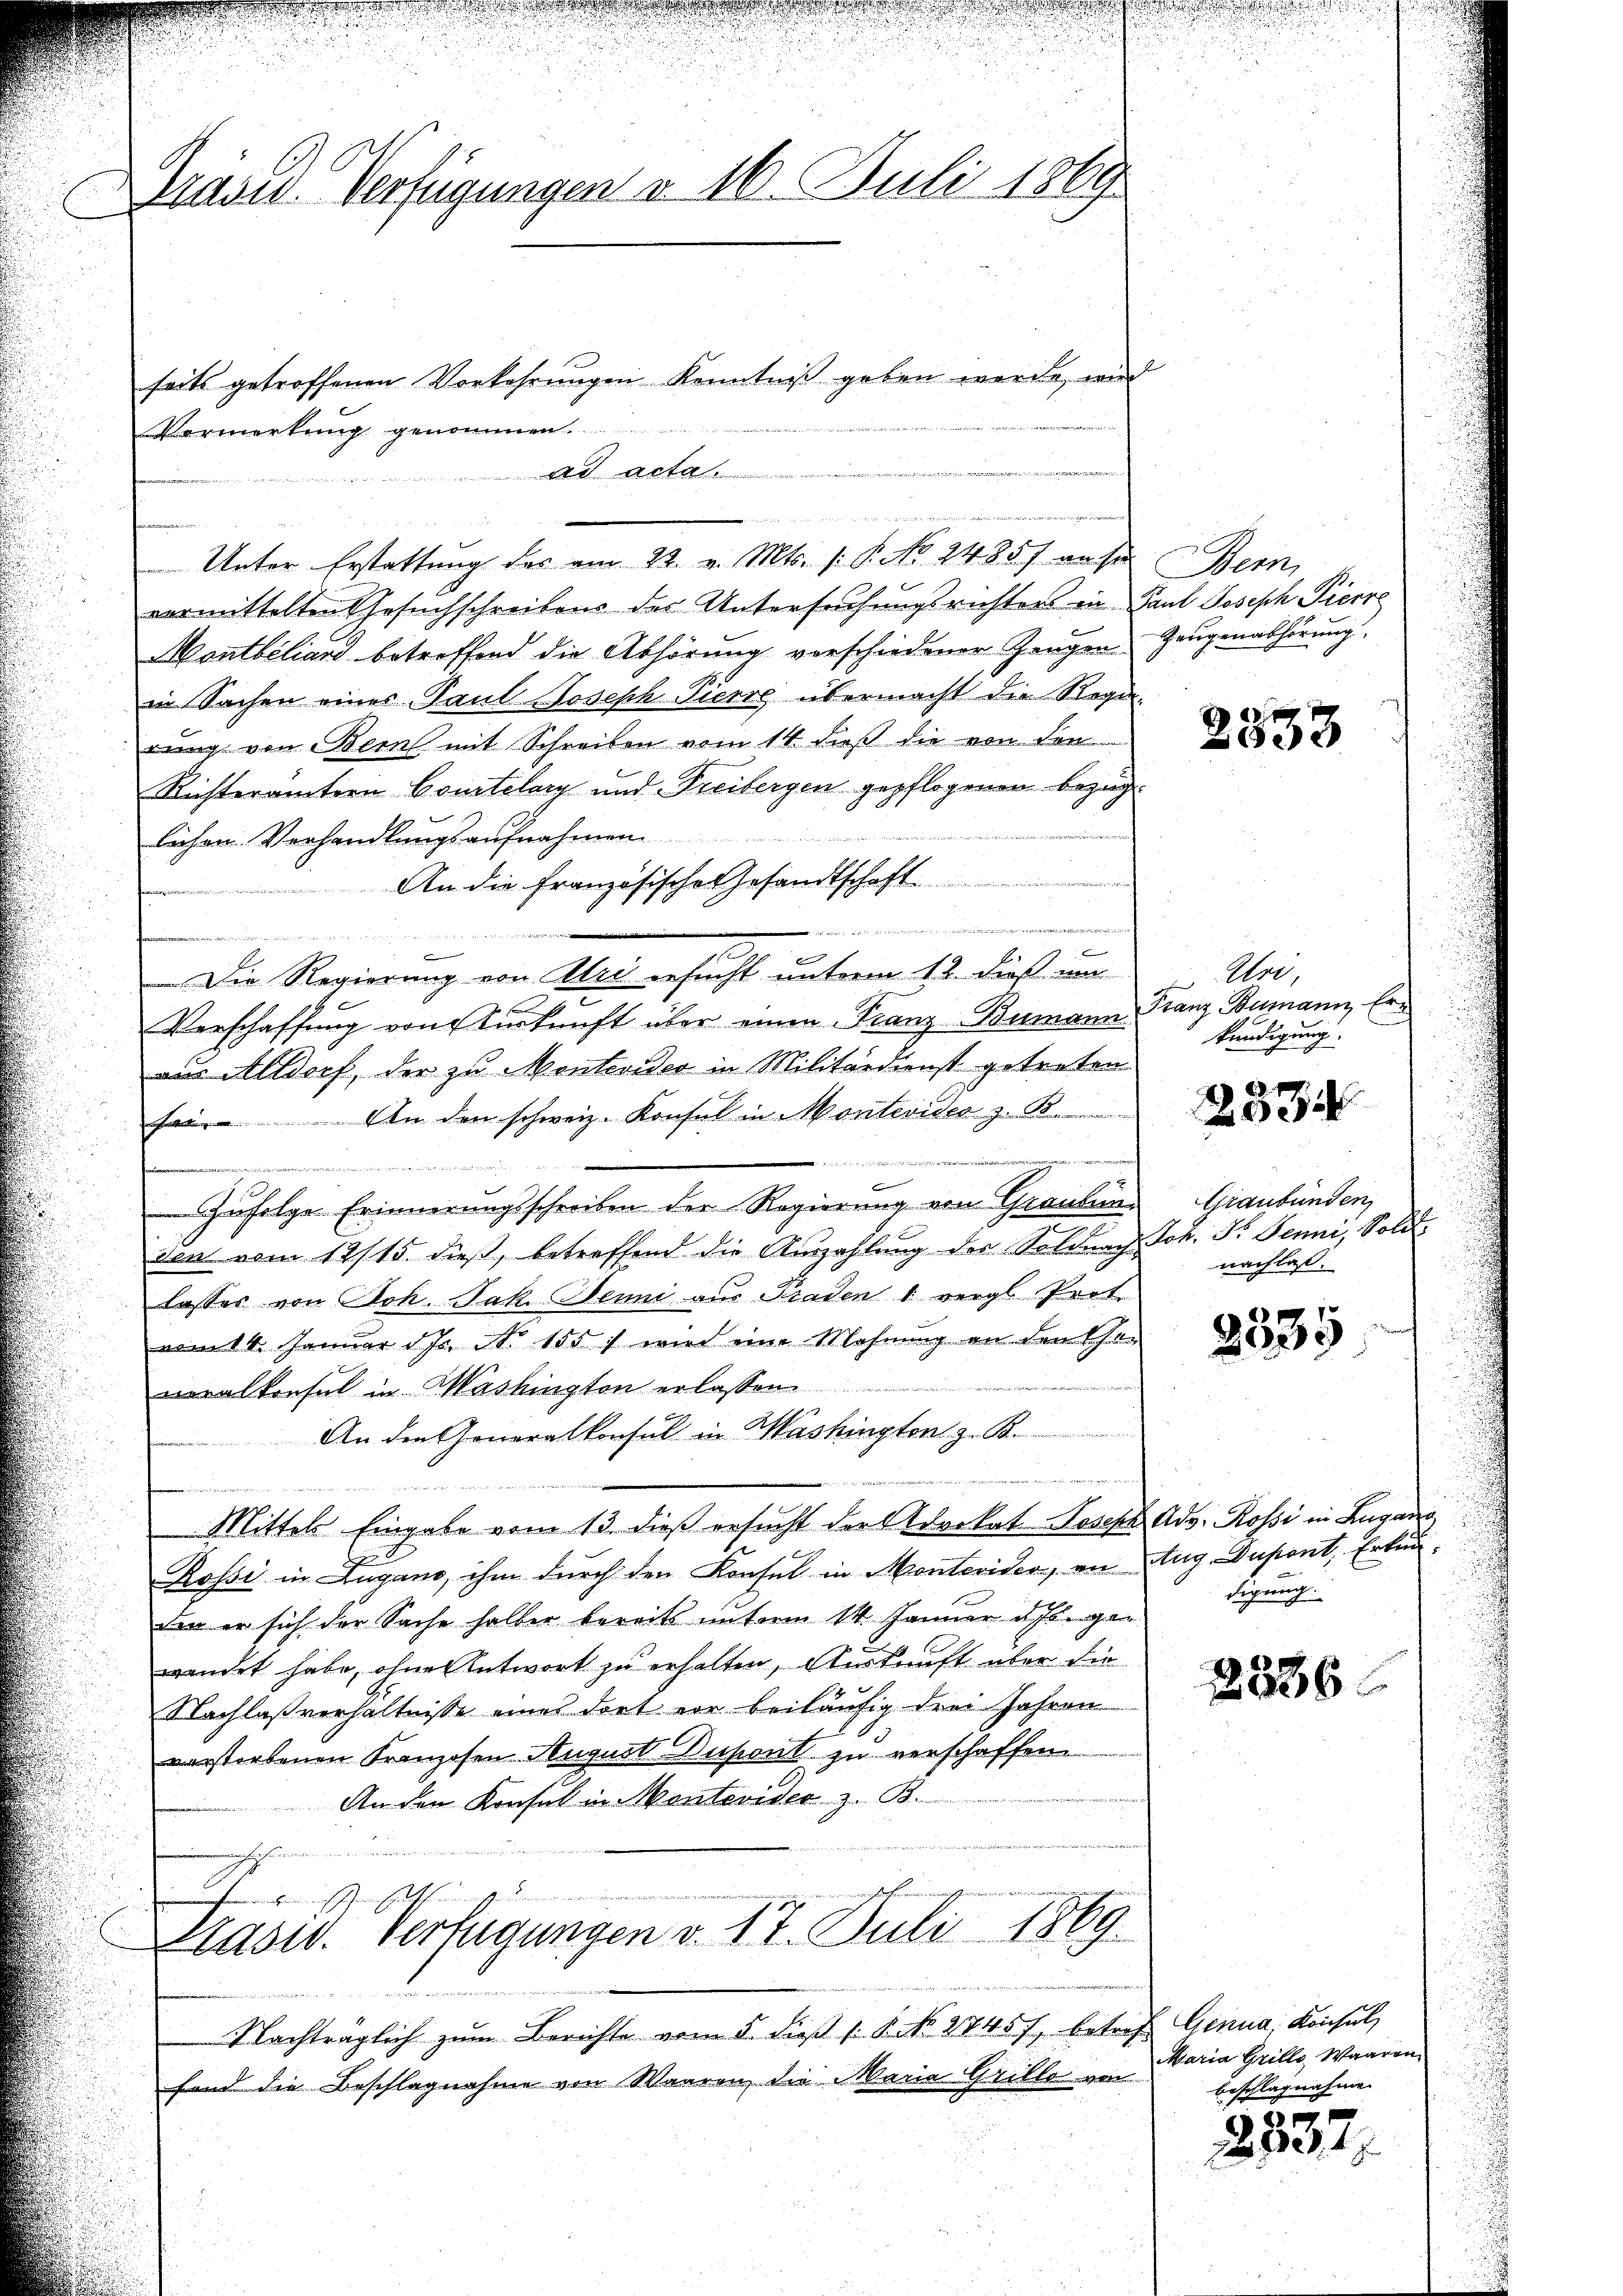
Brand Verfügungen u. 16. Juli 1869

seits getroffenen Vorkehrungen Kenntniß geben werde, wird
Vormerkung genommen.
ad acta

Unter Erstattung des am 22. v. Mts. (: P. No. 2485) an si
vermittelten Gesuchschreibens der Untersuchungsrichters ein Paul Joseph Pierre
Montbiliard betreffend die Abhörung verschiedener Zeugen Zeugenabhörung
in Sachen eines Paul Joseph Pierre, übermacht die Rega
rung von Bern mit Schreiben vom 14. dieß die von den
Richterämtern Courtelary und Freibergen gepflogenen Bezuglichen Verhandlungsaufnahmen
An die Französische Gesandtschaft
t
e
werden anden einen mir einer mir vorderung u wenn den nach in den den de
x

Die Regierung von Uri ersucht unterm 12. dieß im
Verschaffung von Turkunft über einen Franz-Bumann Franz Bumann, Eraus Altdorf, der zu Montevideo in Militärdienst getreten.
se. An den schweiz. Konsul in Montevides z. K
e
Zufolge Erinnerungsschreiben der Regierung von Graubün
den vom 12/15. dieß, betreffend die Auszahlung des Soldnach
lasses von Joh. Jak. Jenni aus Praden 1 vergl. Prot.
vom 14. Januar d. Js. No 1557 wird eine Mahnŭng an den Con
veralkonsul in Washington erlassen.
An den Generalkonsul in Washingten z. B.
Mittels Eingabe vom 13. dieß ersucht der Advokat Joseph Adv. Rossi in Lugano
.
Rossi in Lugano, ihm durch den Konsul in Montevider, an Aug. Dupont, Erkunden er sich der Sache halber bereits unterm 14. Januar d. Js. ger
wendet habe, ohne Antwort zu erhalten, Auskunft über die
Nachlaßverhältnisse eines dort vor beiläufig drei Jahren
verstorbenen Franzosen August Dusont zu verschaffen
An den Konsul in Montevider z. B.
E
Plasur. Verfügungen v. 17. Juli 1869.
Nachträglich zŭm Berichte vom 5. dieβ s. S. No. 27457, betref Genua, Konsul,
fond die Beschlagnahme von Waaren, die Maria Grille von

e

n

2838

Uri,
kündigung.

2334

Graubünden
Joh. Fr. Jenni, Soldi,
nachlaß.

2539

digung.

2336.

Maria Grillo Waaren,
beschlagnahme.

2947